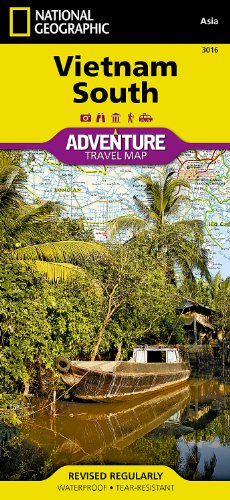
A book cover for Vietnam South (National Geographic Adventure Map); National Geographic Maps - Adventure; Travel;